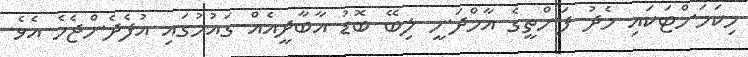
މިކަމަށްޓަކައި މެދު ފަންތީގެ އާމްދަނީ ލިބޭ ބޮޑު އާބާދީއެއް ގައުމުގައި އުފެދެންޖެހެ އެވެ.